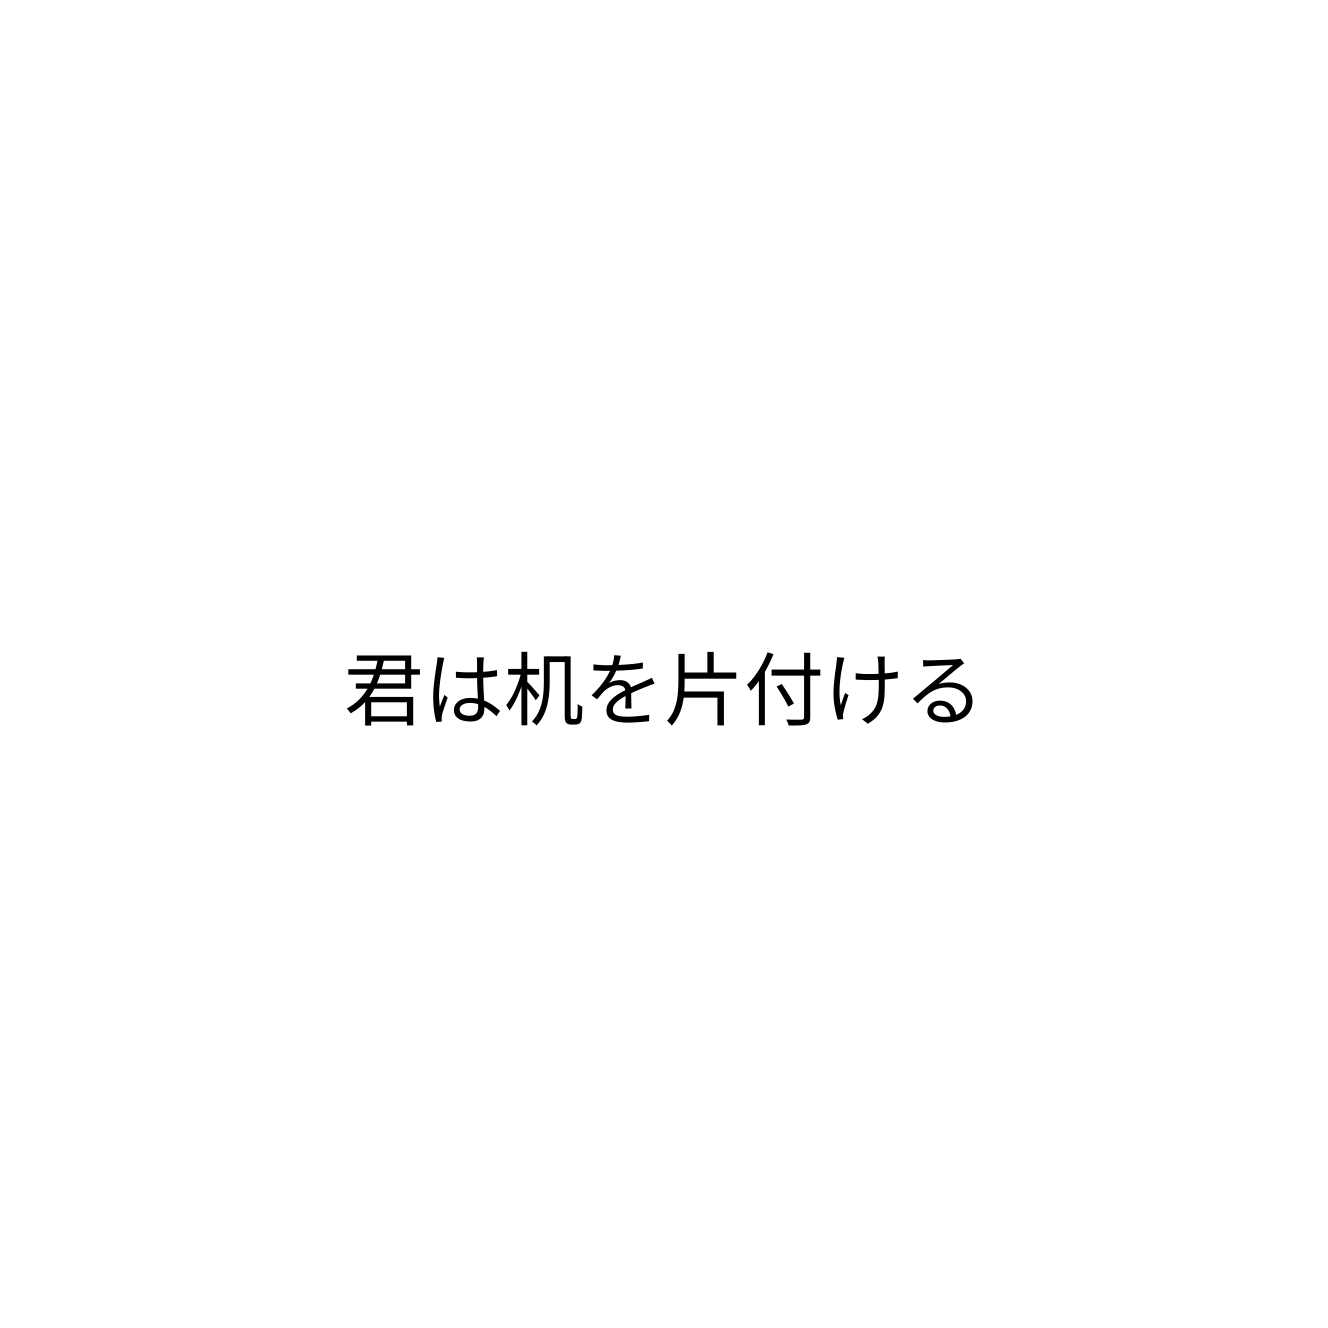
君は机を片付ける